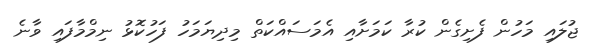
ޖުލައި މަހުން ފެށިގެން ކުރާ ކަމަށާއި އެމަސައްކަތް މިދިޔަމަހު ފަހުކޮޅު ނިމްމާފައި ވާނެ